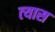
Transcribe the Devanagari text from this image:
त्‍यास